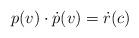
LaTeX: \begin{align*}p(v)\cdot \dot{p}(v)=\dot{r}(c)\end{align*}